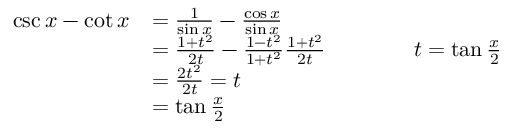
{ \begin{array} { r l } { \csc x - \cot x } & { = { \frac { 1 } { \sin x } } - { \frac { \cos x } { \sin x } } } \\ & { = { \frac { 1 + t ^ { 2 } } { 2 t } } - { \frac { 1 - t ^ { 2 } } { 1 + t ^ { 2 } } } { \frac { 1 + t ^ { 2 } } { 2 t } } \qquad \qquad t = \tan { \frac { x } { 2 } } } \\ & { = { \frac { 2 t ^ { 2 } } { 2 t } } = t } \\ & { = \tan { \frac { x } { 2 } } } \end{array} }